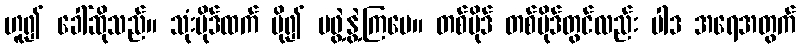
ဟူ၍ ခေါ်ဆိုသည်။ သုံးပိုဒ်ထက် ပို၍ မဖွဲ့နွဲ့ကြပေ။ တစ်ပိုဒ် တစ်ပိုဒ်တွင်လည်း ပါဒ အရေအတွက်